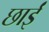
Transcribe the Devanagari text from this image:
छाईं